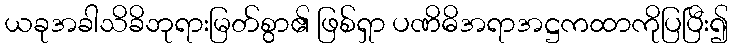
ယခုအခါသိခိဘုရားမြတ်စွာ၏ ဖြစ်ရှာ ပဏိဓိအရာအဋ္ဌကထာကိုပြပြီး၍